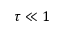
\tau \ll 1